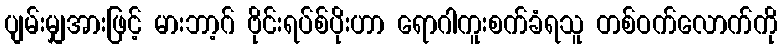
ပျမ်းမျှအားဖြင့် မားဘာ့ဂ် ဗိုင်းရပ်စ်ပိုးဟာ ရောဂါကူးစက်ခံရသူ တစ်ဝက်လောက်ကို